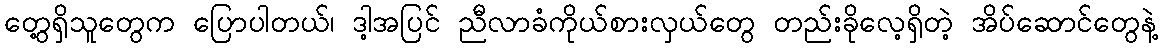
တွေ့ရှိသူတွေက ပြောပါတယ်၊ ဒါ့အပြင် ညီလာခံကိုယ်စားလှယ်တွေ တည်းခိုလေ့ရှိတဲ့ အိပ်ဆောင်တွေနဲ့